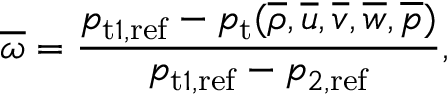
\overline { { \omega } } = \frac { p _ { \mathrm { t } 1 , \mathrm { r e f } } - p _ { \mathrm { t } } ( \overline { { \rho } } , \overline { { u } } , \overline { { v } } , \overline { { w } } , \overline { { p } } ) } { p _ { \mathrm { t } 1 , \mathrm { r e f } } - p _ { 2 , \mathrm { r e f } } } ,